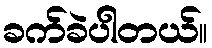
ခက်ခဲပါတယ်။